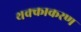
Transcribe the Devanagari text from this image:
थक्काकरण